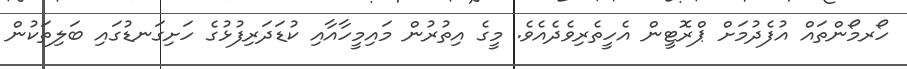
ހޯރމޯންތައް އުފެދުމަށް ޕްރޮޓީން އެހީތެރިވެދެއެވެ. މީގެ އިތުރުން މައިމީހާއާއި ކުޑަދަރިފުޅުގެ ހަށިގަނޑުގައި ބަލިތަކުން